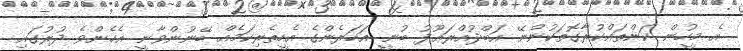
އެ މީހުން ކަންތައްކުރާގޮތަކުންނޭ އަބްދުއްރަޢޫފު ބުނީ އަހަރެންގެ އެހީތެރިކަމެއް ބޭނުންވާނީ އެހެންވެ ދުރުގައި